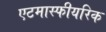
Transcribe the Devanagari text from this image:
एटमास्फीयरिक